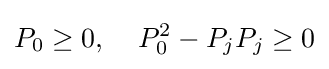
P_{0}\geq 0,\;\;\;\;P_{0}^{2}-P_{j}P_{j}\geq 0